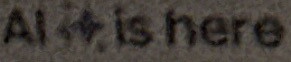
AL is here